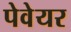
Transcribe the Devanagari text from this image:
पेवेयर